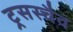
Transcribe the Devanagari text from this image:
ट्रसस्चैव